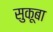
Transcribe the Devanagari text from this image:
सुकूबा